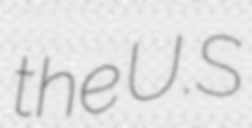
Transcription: the U.S